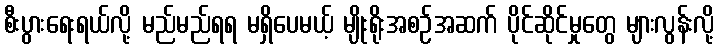
စီးပွားရေးရယ်လို့ မည်မည်ရရ မရှိပေမယ့် မျိုးရိုးအစဉ်အဆက် ပိုင်ဆိုင်မှုတွေ များလွန်းလို့